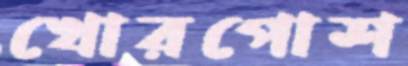
খোরপোশ